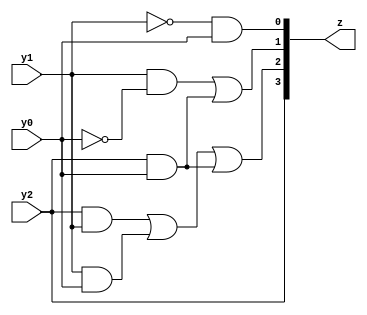
module OSL(y2, y1, y0, z);
     input y2, y1, y0;
     output [3:0] z;
	  
     assign z[3]= y2;
     assign z[2] = (y2&y1)|(y1&y0)|(y2&y0);
     assign z[1] = (y1&~y0)|(y2&y0);
     assign z[0] = ~y1&y0;
	  
endmodule